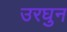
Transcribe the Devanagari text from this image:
उरघुन